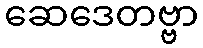
ဆေဒေတဗ္ဗာ